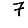
Digit: 7